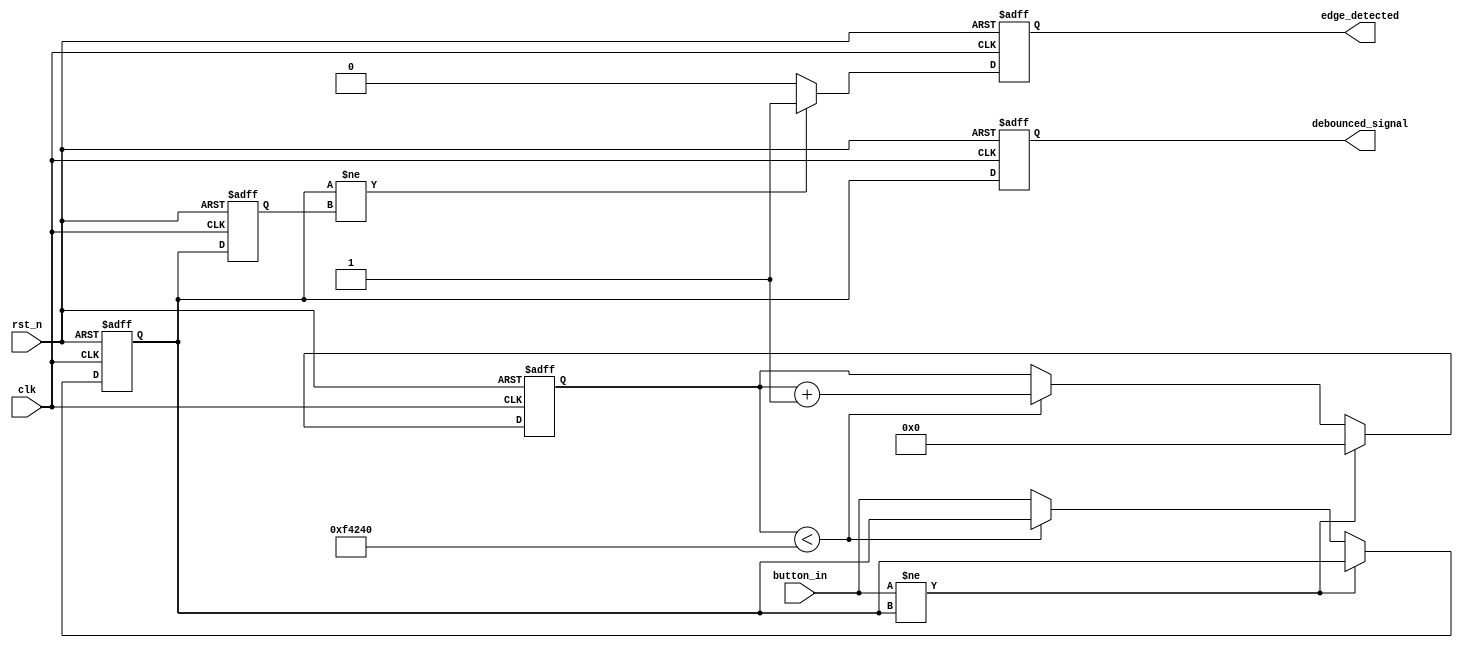
module debounced_edge_detector (
    input wire clk,               // Clock input
    input wire rst_n,             // Active-low reset
    input wire button_in,         // Input signal (button/switch)
    output reg edge_detected,     // Output signal indicating edge detection
    output reg debounced_signal    // Debounced output signal
);

    // Parameters
    parameter DEBOUNCE_TIME = 20'd1000000; // Adjust this value for debounce duration (in clock cycles)
    
    // State variables
    reg [19:0] debounce_counter; // Counter for debouncing
    reg button_stable;           // Indicates if the button state is stable
    reg button_last;             // Last stable state of the button

    // State machine for debouncing
    always @(posedge clk or negedge rst_n) begin
        if (!rst_n) begin
            debounce_counter <= 20'd0;
            button_stable <= 1'b0;
            button_last <= 1'b0;
            edge_detected <= 1'b0;
            debounced_signal <= 1'b0;
        end else begin
            // Check if the button input has changed
            if (button_in != button_stable) begin
                // Reset the debounce counter if the state has changed
                debounce_counter <= 20'd0;
            end else if (debounce_counter < DEBOUNCE_TIME) begin
                // Increment the debounce counter if the state is stable
                debounce_counter <= debounce_counter + 1;
            end else begin
                // If the counter reaches the debounce time, update the stable state
                button_stable <= button_in;
            end
            
            // Edge detection logic
            if (button_stable != button_last) begin
                edge_detected <= 1'b1; // Edge detected
            end else begin
                edge_detected <= 1'b0; // No edge detected
            end
            
            // Update last stable state
            button_last <= button_stable;

            // Assign the debounced signal
            debounced_signal <= button_stable;
        end
    end

endmodule